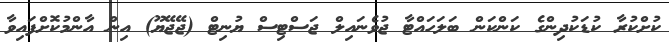
ކުށްކުރާ ކުޑަކުދިންގެ ކަންކަން ބަލަހައްޓާ ޖުވެނައިލް ޖަސްޓިސް ޔުނިޓް (ޖޭޖޭޔޫ) އިން އާންމުކޮށްފައިވާ